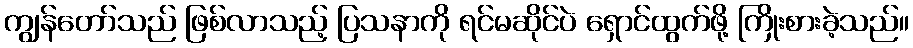
ကျွန်တော်သည် ဖြစ်လာသည့် ပြသနာကို ရင်မဆိုင်ပဲ ရှောင်ထွက်ဖို့ ကြိုးစားခဲ့သည်။